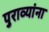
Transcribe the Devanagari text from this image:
पुराव्यांना